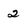
Character: 2